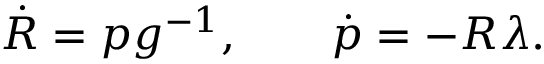
\begin{array} { r } { \dot { R } = p g ^ { - 1 } , \qquad \dot { p } = - R \lambda . } \end{array}